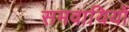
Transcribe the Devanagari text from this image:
समवायियों